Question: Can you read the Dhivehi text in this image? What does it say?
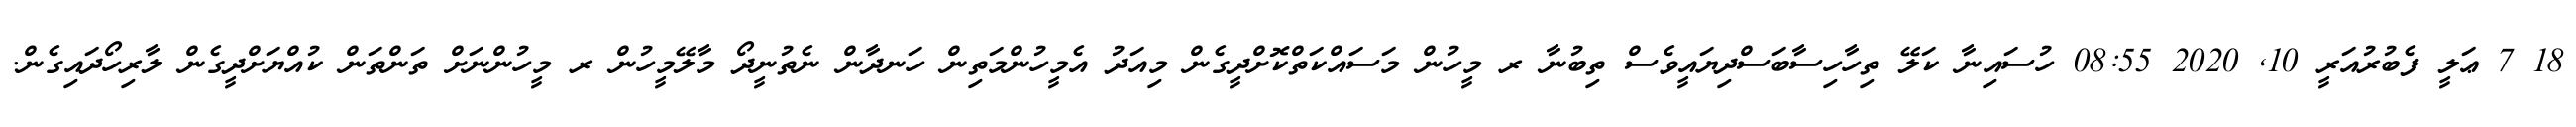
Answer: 18 7 ޢަލީ ފެބުރުއަރީ 10, 2020 08:55 ހުސައިނާ ކަލޭ ތިހާހިސާބަސްދިޔައީވެސް ތިބުނާ ރ މީހުން މަސައްކަތްކޮށްދީގެން މިއަދު އެމީހުންމަތިން ހަނދާން ނެތުނީދޯ މާލޭމީހުން ރ މީހުންނަށް ތަންތަން ކުއްޔަށްދީގެން ލާރިހޯދައިގެން.